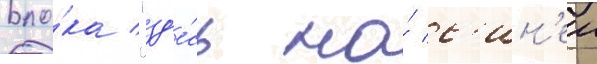
Бло́ка "зд'е́сь на́ с'ин'еи